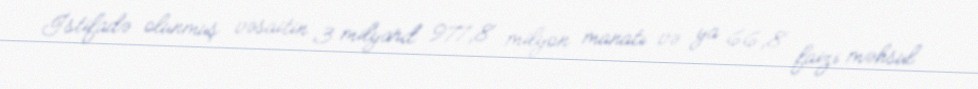
İstifadə olunmuş vəsaitin 3 milyard 977,8 milyon manatı və ya 66,8 faizi məhsul